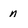
Character: n